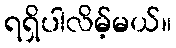
ရရှိပါလိမ့်မယ်။